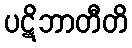
ပဋိဘာတီတိ